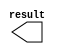
// megafunction wizard: %LPM_CONSTANT%VBB%
// GENERATION: STANDARD
// VERSION: WM1.0
// MODULE: LPM_CONSTANT 

// ============================================================
// Megafunction Name(s):
// 			LPM_CONSTANT
//
// Simulation Library Files(s):
// 			lpm
// ============================================================
// ************************************************************
// THIS IS A WIZARD-GENERATED FILE. DO NOT EDIT THIS FILE!
//
// 13.1.0 Build 162 10/23/2013 SJ Full Version
// ************************************************************

//Copyright (C) 1991-2013 Altera Corporation
//Your use of Altera Corporation's design tools, logic functions 
//and other software and tools, and its AMPP partner logic 
//functions, and any output files from any of the foregoing 
//(including device programming or simulation files), and any 
//associated documentation or information are expressly subject 
//to the terms and conditions of the Altera Program License 
//Subscription Agreement, Altera MegaCore Function License 
//Agreement, or other applicable license agreement, including, 
//without limitation, that your use is for the sole purpose of 
//programming logic devices manufactured by Altera and sold by 
//Altera or its authorized distributors.  Please refer to the 
//applicable agreement for further details.

module Y1_const (
	result);

	output	[9:0]  result;

endmodule

// ============================================================
// CNX file retrieval info
// ============================================================
// Retrieval info: PRIVATE: INTENDED_DEVICE_FAMILY STRING "Cyclone V"
// Retrieval info: PRIVATE: JTAG_ENABLED NUMERIC "1"
// Retrieval info: PRIVATE: JTAG_ID STRING "m_Y1"
// Retrieval info: PRIVATE: Radix NUMERIC "10"
// Retrieval info: PRIVATE: SYNTH_WRAPPER_GEN_POSTFIX STRING "0"
// Retrieval info: PRIVATE: Value NUMERIC "60"
// Retrieval info: PRIVATE: nBit NUMERIC "10"
// Retrieval info: PRIVATE: new_diagram STRING "1"
// Retrieval info: LIBRARY: lpm lpm.lpm_components.all
// Retrieval info: CONSTANT: LPM_CVALUE NUMERIC "60"
// Retrieval info: CONSTANT: LPM_HINT STRING "ENABLE_RUNTIME_MOD=YES, INSTANCE_NAME=m_Y1"
// Retrieval info: CONSTANT: LPM_TYPE STRING "LPM_CONSTANT"
// Retrieval info: CONSTANT: LPM_WIDTH NUMERIC "10"
// Retrieval info: USED_PORT: result 0 0 10 0 OUTPUT NODEFVAL "result[9..0]"
// Retrieval info: CONNECT: result 0 0 10 0 @result 0 0 10 0
// Retrieval info: GEN_FILE: TYPE_NORMAL Y1_const.v TRUE
// Retrieval info: GEN_FILE: TYPE_NORMAL Y1_const.inc FALSE
// Retrieval info: GEN_FILE: TYPE_NORMAL Y1_const.cmp FALSE
// Retrieval info: GEN_FILE: TYPE_NORMAL Y1_const.bsf TRUE
// Retrieval info: GEN_FILE: TYPE_NORMAL Y1_const_inst.v FALSE
// Retrieval info: GEN_FILE: TYPE_NORMAL Y1_const_bb.v TRUE
// Retrieval info: LIB_FILE: lpm